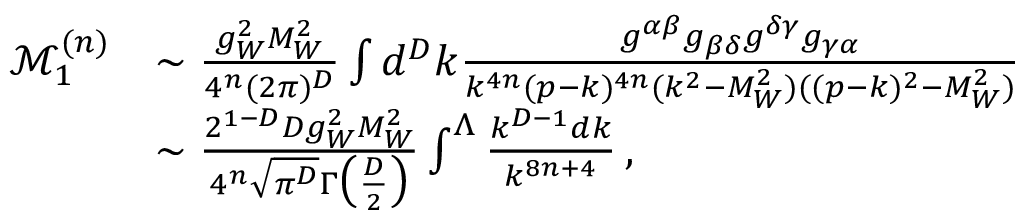
\begin{array} { r l } { \mathcal { M } _ { 1 } ^ { ( n ) } } & { \sim \frac { g _ { W } ^ { 2 } M _ { W } ^ { 2 } } { 4 ^ { n } ( 2 \pi ) ^ { D } } \int d ^ { D } k \frac { g ^ { \alpha \beta } g _ { \beta \delta } g ^ { \delta \gamma } g _ { \gamma \alpha } } { k ^ { 4 n } ( p - k ) ^ { 4 n } ( k ^ { 2 } - M _ { W } ^ { 2 } ) ( ( p - k ) ^ { 2 } - M _ { W } ^ { 2 } ) } } \\ & { \sim \frac { 2 ^ { 1 - D } D g _ { W } ^ { 2 } M _ { W } ^ { 2 } } { 4 ^ { n } \sqrt { \pi ^ { D } } \Gamma \big ( \frac { D } { 2 } \big ) } \int ^ { \Lambda } \frac { k ^ { D - 1 } d k } { k ^ { 8 n + 4 } } \, , } \end{array}